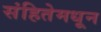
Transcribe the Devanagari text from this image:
संहितेमधून